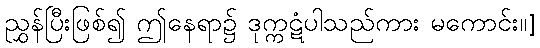
ညွှန်ပြီးဖြစ်၍ ဤနေရာ၌ ဒုက္ကဋံပါသည်ကား မကောင်း။]